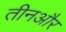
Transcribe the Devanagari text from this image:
तीनऔर